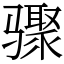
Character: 骤